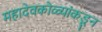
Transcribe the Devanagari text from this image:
महादेवकोळ्यांकडून